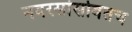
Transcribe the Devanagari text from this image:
नवरसांसोबतच